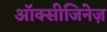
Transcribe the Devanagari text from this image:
ऑक्सीजिनेज़